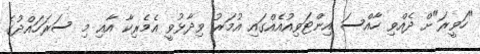
"ހަވީރަ"ށް ދެއްވި ހާއްސަ އިންޓަވިއުއެއްގައި އުމަރު ވިދާޅުވީ އެމެރިކާ އާއި މި ސަރަހައްދުގެ